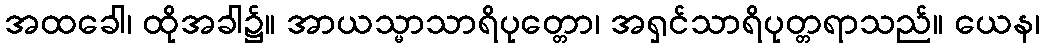
အထခေါ၊ ထိုအခါ၌။ အာယသ္မာသာရိပုတ္တော၊ အရှင်သာရိပုတ္တရာသည်။ ယေန၊